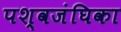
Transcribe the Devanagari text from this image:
पश्वजंघिका